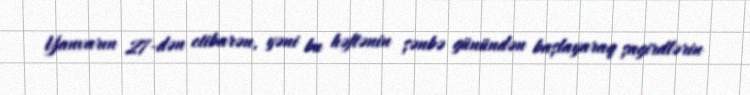
Yanvarın 27-dən etibarən, yəni bu həftənin şənbə günündən başlayaraq şagirdlərin